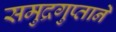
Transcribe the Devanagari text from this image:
समुद्रगुप्ताने